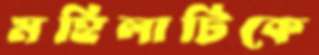
মহিলাটিকে